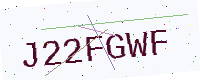
Text: J22FGWF